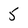
Character: 5